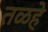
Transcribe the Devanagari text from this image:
तळहे